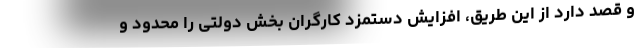
و قصد دارد از این طریق، افزایش دستمزد کارگران بخش دولتی را محدود و